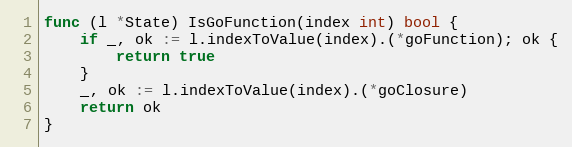
Language: Go
func (l *State) IsGoFunction(index int) bool {
	if _, ok := l.indexToValue(index).(*goFunction); ok {
		return true
	}
	_, ok := l.indexToValue(index).(*goClosure)
	return ok
}